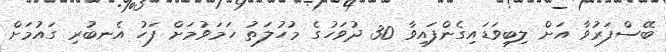
ބޭސްފަރުވާ އަށް ލިބިވަޑައިގެންފައިވާ 30 ދުވަހުގެ މުހުލަތު ހަމަވުމަށް ފަހު އެނބުރި ގައުމަށް